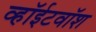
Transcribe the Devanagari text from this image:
व्हॉईटवॉश